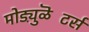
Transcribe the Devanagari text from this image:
मोड्य़ुळॆटर्स